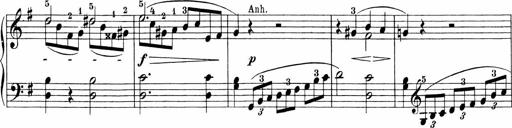
Title: 3 Sonatinas
Composer: Carl Reinecke